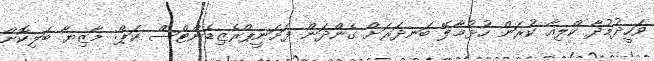
ވަހީދުމުދާ ކްލިއާ ކުރަން ހުޅުމާލޭ ބަނދަރަށް ގެންދަން ފަށަނީޕްރެޒިޑެންޓްސް ކަޕް: މާޒިޔާ ބަލިކޮށް